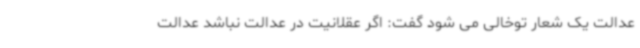
عدالت یک شعار توخالی می شود گفت: اگر عقلانیت در عدالت نباشد عدالت